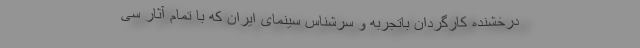
درخشنده کارگردان باتجربه و سرشناس سینمای ایران که با تمام آثار سی